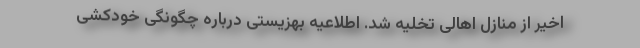
اخیر از منازل اهالی تخلیه شد. اطلاعیه بهزیستی درباره چگونگی خودکشی